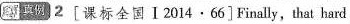
真例 2 [课标全国 I 2014 · 66]Finally，that hard